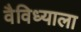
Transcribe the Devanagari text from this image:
वैविध्याला